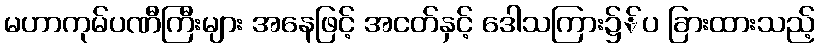
မဟာကုမ်ပဏီကြီးများ အနေဖြင့် အငတ်နှင့် ဒေါသကြား၌်ပ ခြားထားသည့်